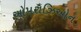
ઓપરાઝિઓન